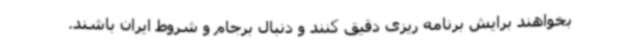
بخواهند برایش برنامه ریزی دقیق کنند و دنبال برجام و شروط ایران باشند.